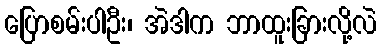
ပြောစမ်းပါဦး၊ အဲဒါက ဘာထူးခြားလို့လဲ